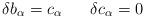
LaTeX: \begin{align*}\delta b_\alpha = c_\alpha \;\;\;\;\;\;\delta c_\alpha = 0\end{align*}